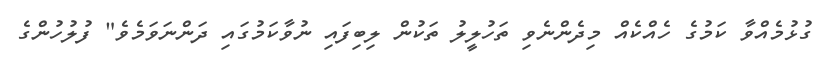
ގުޅުމެއްވާ ކަމުގެ ހެއްކެއް މިދެންނެވި ތަހުލީލު ތަކުން ލިބިފައި ނުވާކަމުގައި ދަންނަވަމެވެ" ފުލުހުންގެ